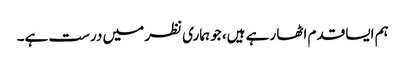
ہم ایسا قدم اٹھا رہے ہیں، جو ہماری نظر میں درست ہے۔